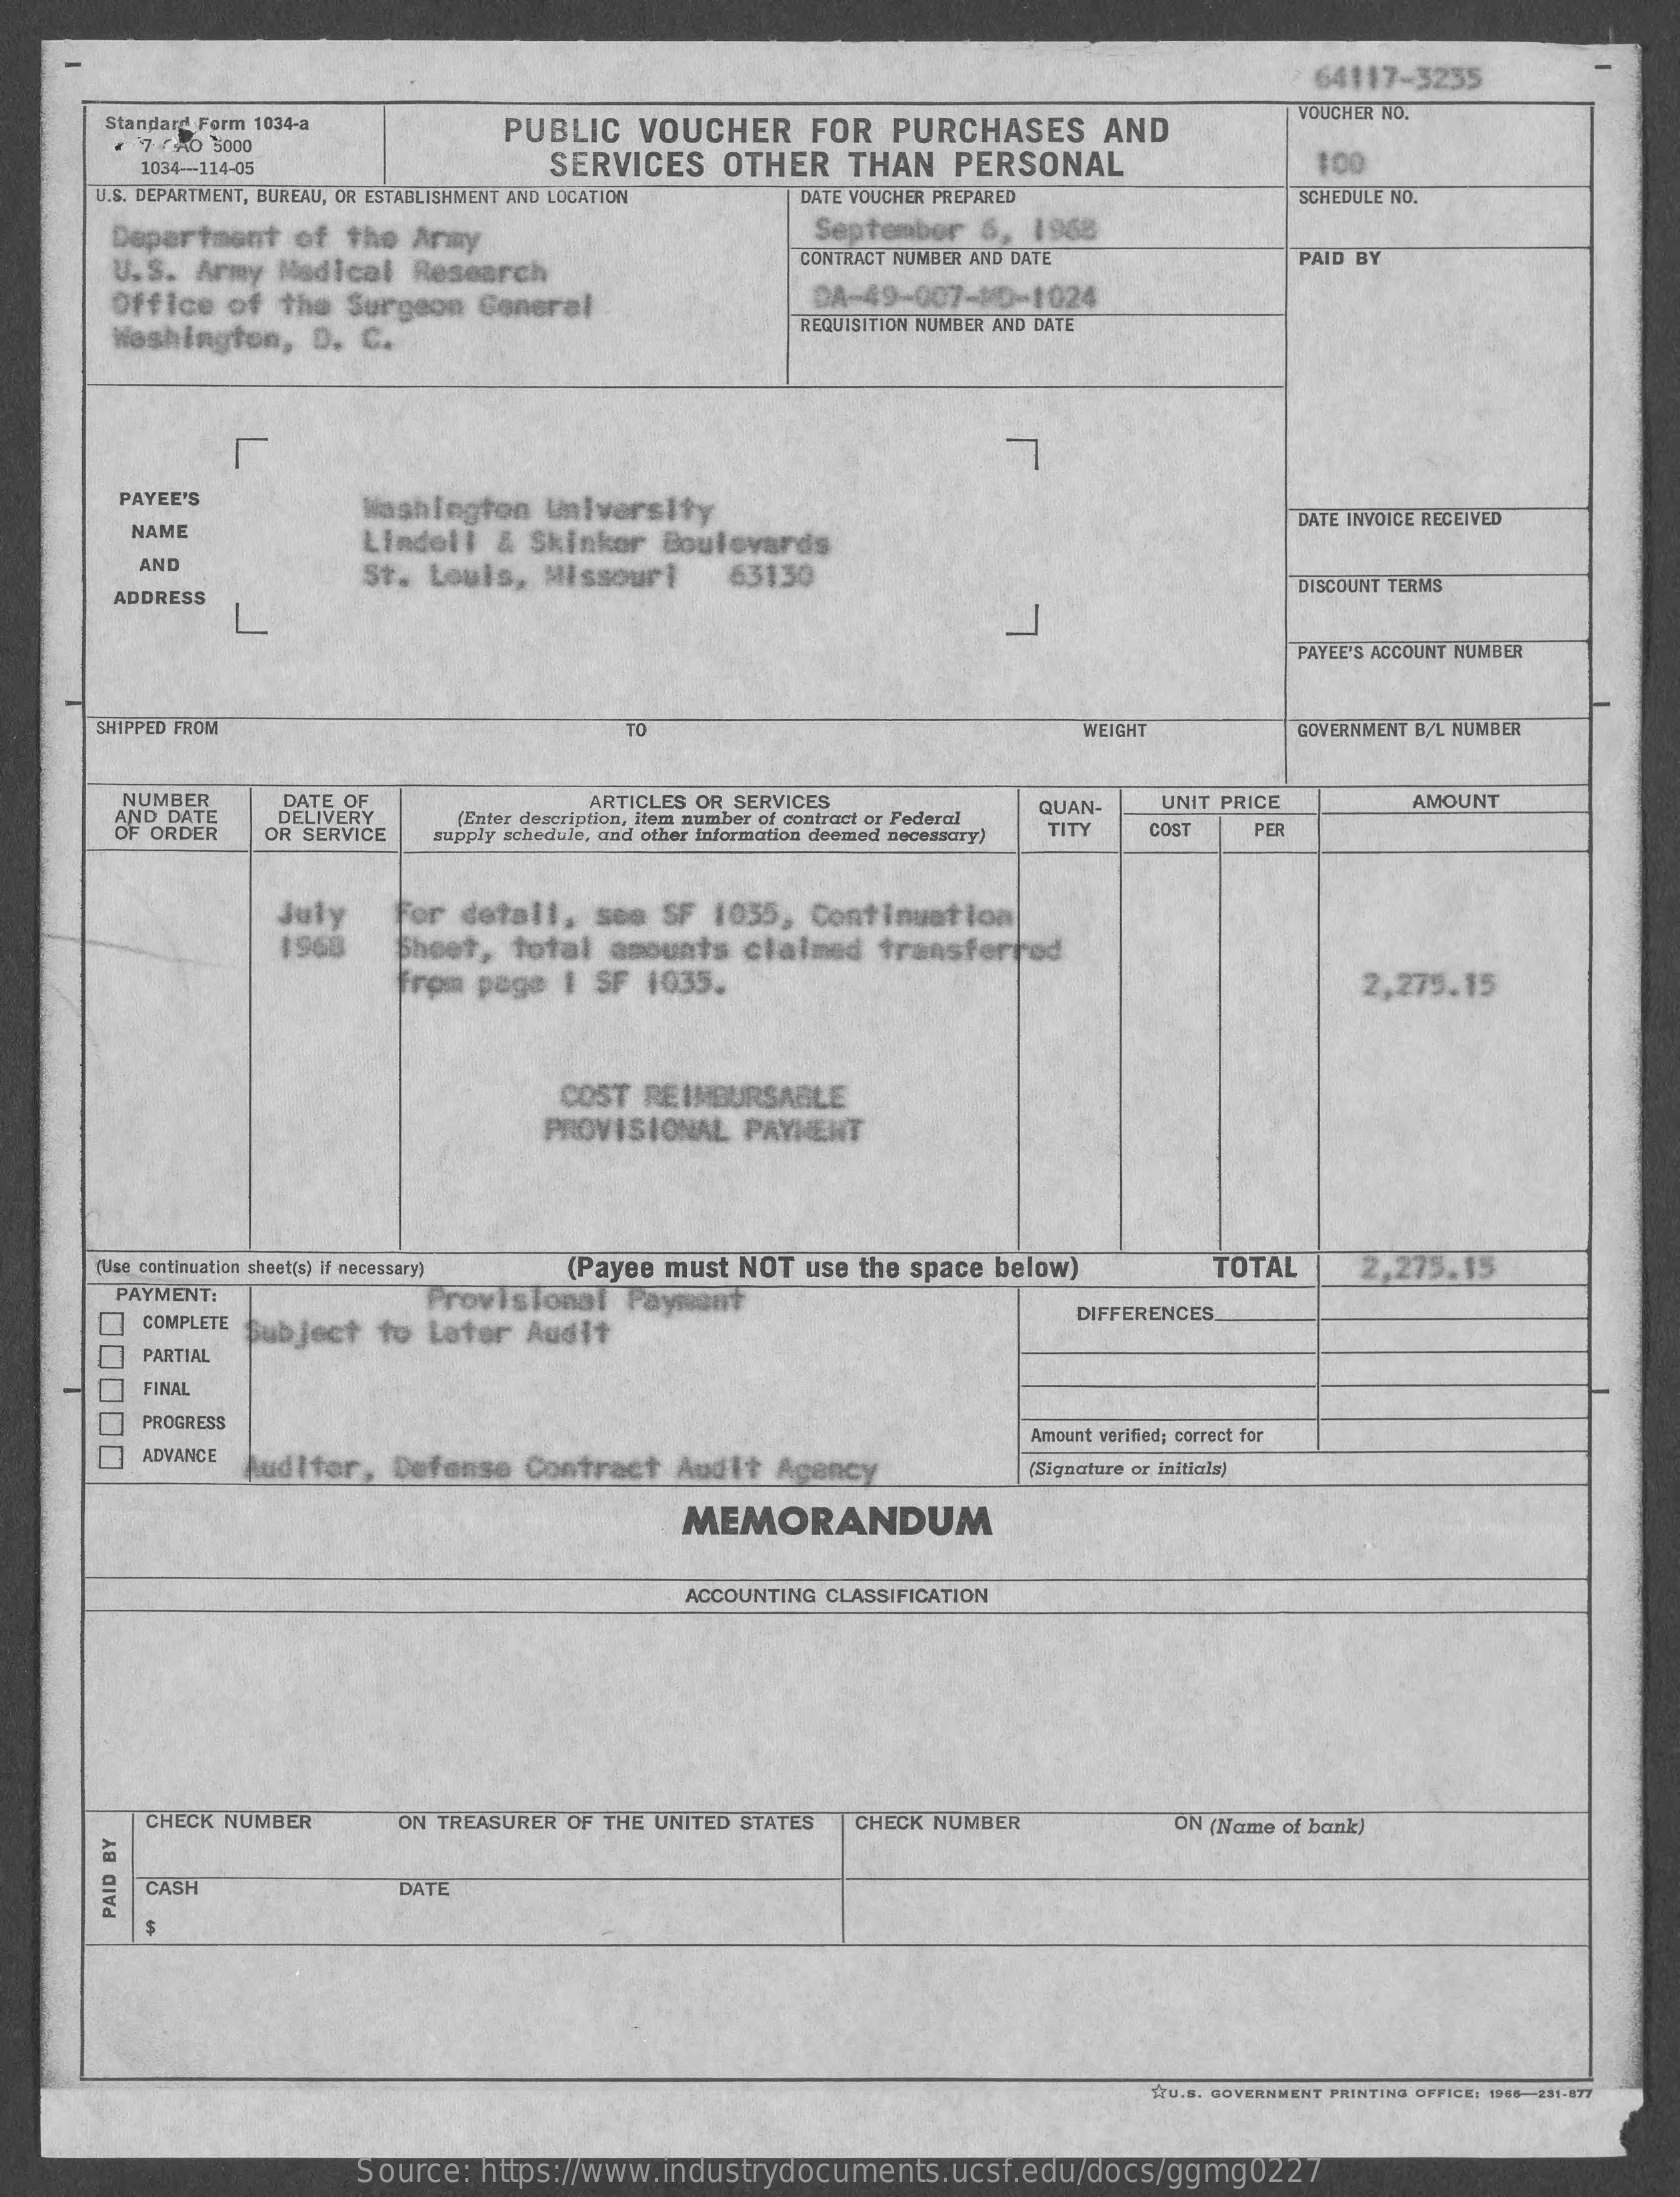
64117-3235
     Standard Form 1034-a   PUBLIC VOUCHER   FOR PURCHASES   AND
     VOUCHER NO.
     7 24D 3000
     1034-114-05    SERVICES  OTHER  THAN  PERSONAL    100
     U.S. DEPARTMENT, BUREAU, OR ESTABLISHMENT AND LOCATION DATE VOUCHER PREPARED SCHEDULE NO.
     Department of the Army    September 6, 1968
     U.S. Army Medical Research    CONTRACT NUMBER AND DATE    PAID BY
     Office of the Surgeon General    DA-49-007-90-1024
     Washington, D. C.
     REQUISITION NUMBER AND DATE
     PAYEE'S    Washington University
     NAME
     Lindell & Skinker Boulevards
     DATE INVOICE RECEIVED
     AND
     St. Louis, Missouri 63130
     ADDRESS
     DISCOUNT TERMS
     L
     PAYEE'S ACCOUNT NUMBER
     SHIPPED FROM    TO    WEIGHT    GOVERNMENT B/L NUMBER
     NUMBER
     AND DATE
     DATE OF
     DELIVERY
     ARTICLES OR SERVICES    QUAN- UNIT PRICE    AMOUNT
     OF ORDER OR SERVICE
     (Enter description, item number of contract or Federal
     supply schedule, and other information deemed necessary)
     TITY  COST  PER
     July  for detall, see SF 1035, Continuation
     1968   Sheet, total amounts claimed transferred
     From page | SF 1035.    2,275.15
     COST REIMBURSABLE
     PROVISIONAL PAYMENT
     (Use continuation sheet(s) if necessary) (Payee must NOT use the space below) TOTAL 2,275.15
     PAYMENT:    Provisional Payment
     COMPLETE Subject to Later Audit
     DIFFERENCES
     PARTIAL
     FINAL
     PROGRESS
     ADVANCE
     Amount verified; correct for
     Auditor, Defense Contract Audit Agency    Signature or initials)
     MEMORANDUM
     ACCOUNTING CLASSIFICATION
     CHECK NUMBER   ON TREASURER OF THE UNITED STATES CHECK NUMBER ON (Name of bank)
     CASH    DATE
     PAID
     BY
     RU. S. GOVERNMENT PRINTING OFFICE: 1966-231-877
     Source: https://www.industrydocuments.ucsf.edu/docs/ggmg0227